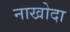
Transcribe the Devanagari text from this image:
नाखोदा